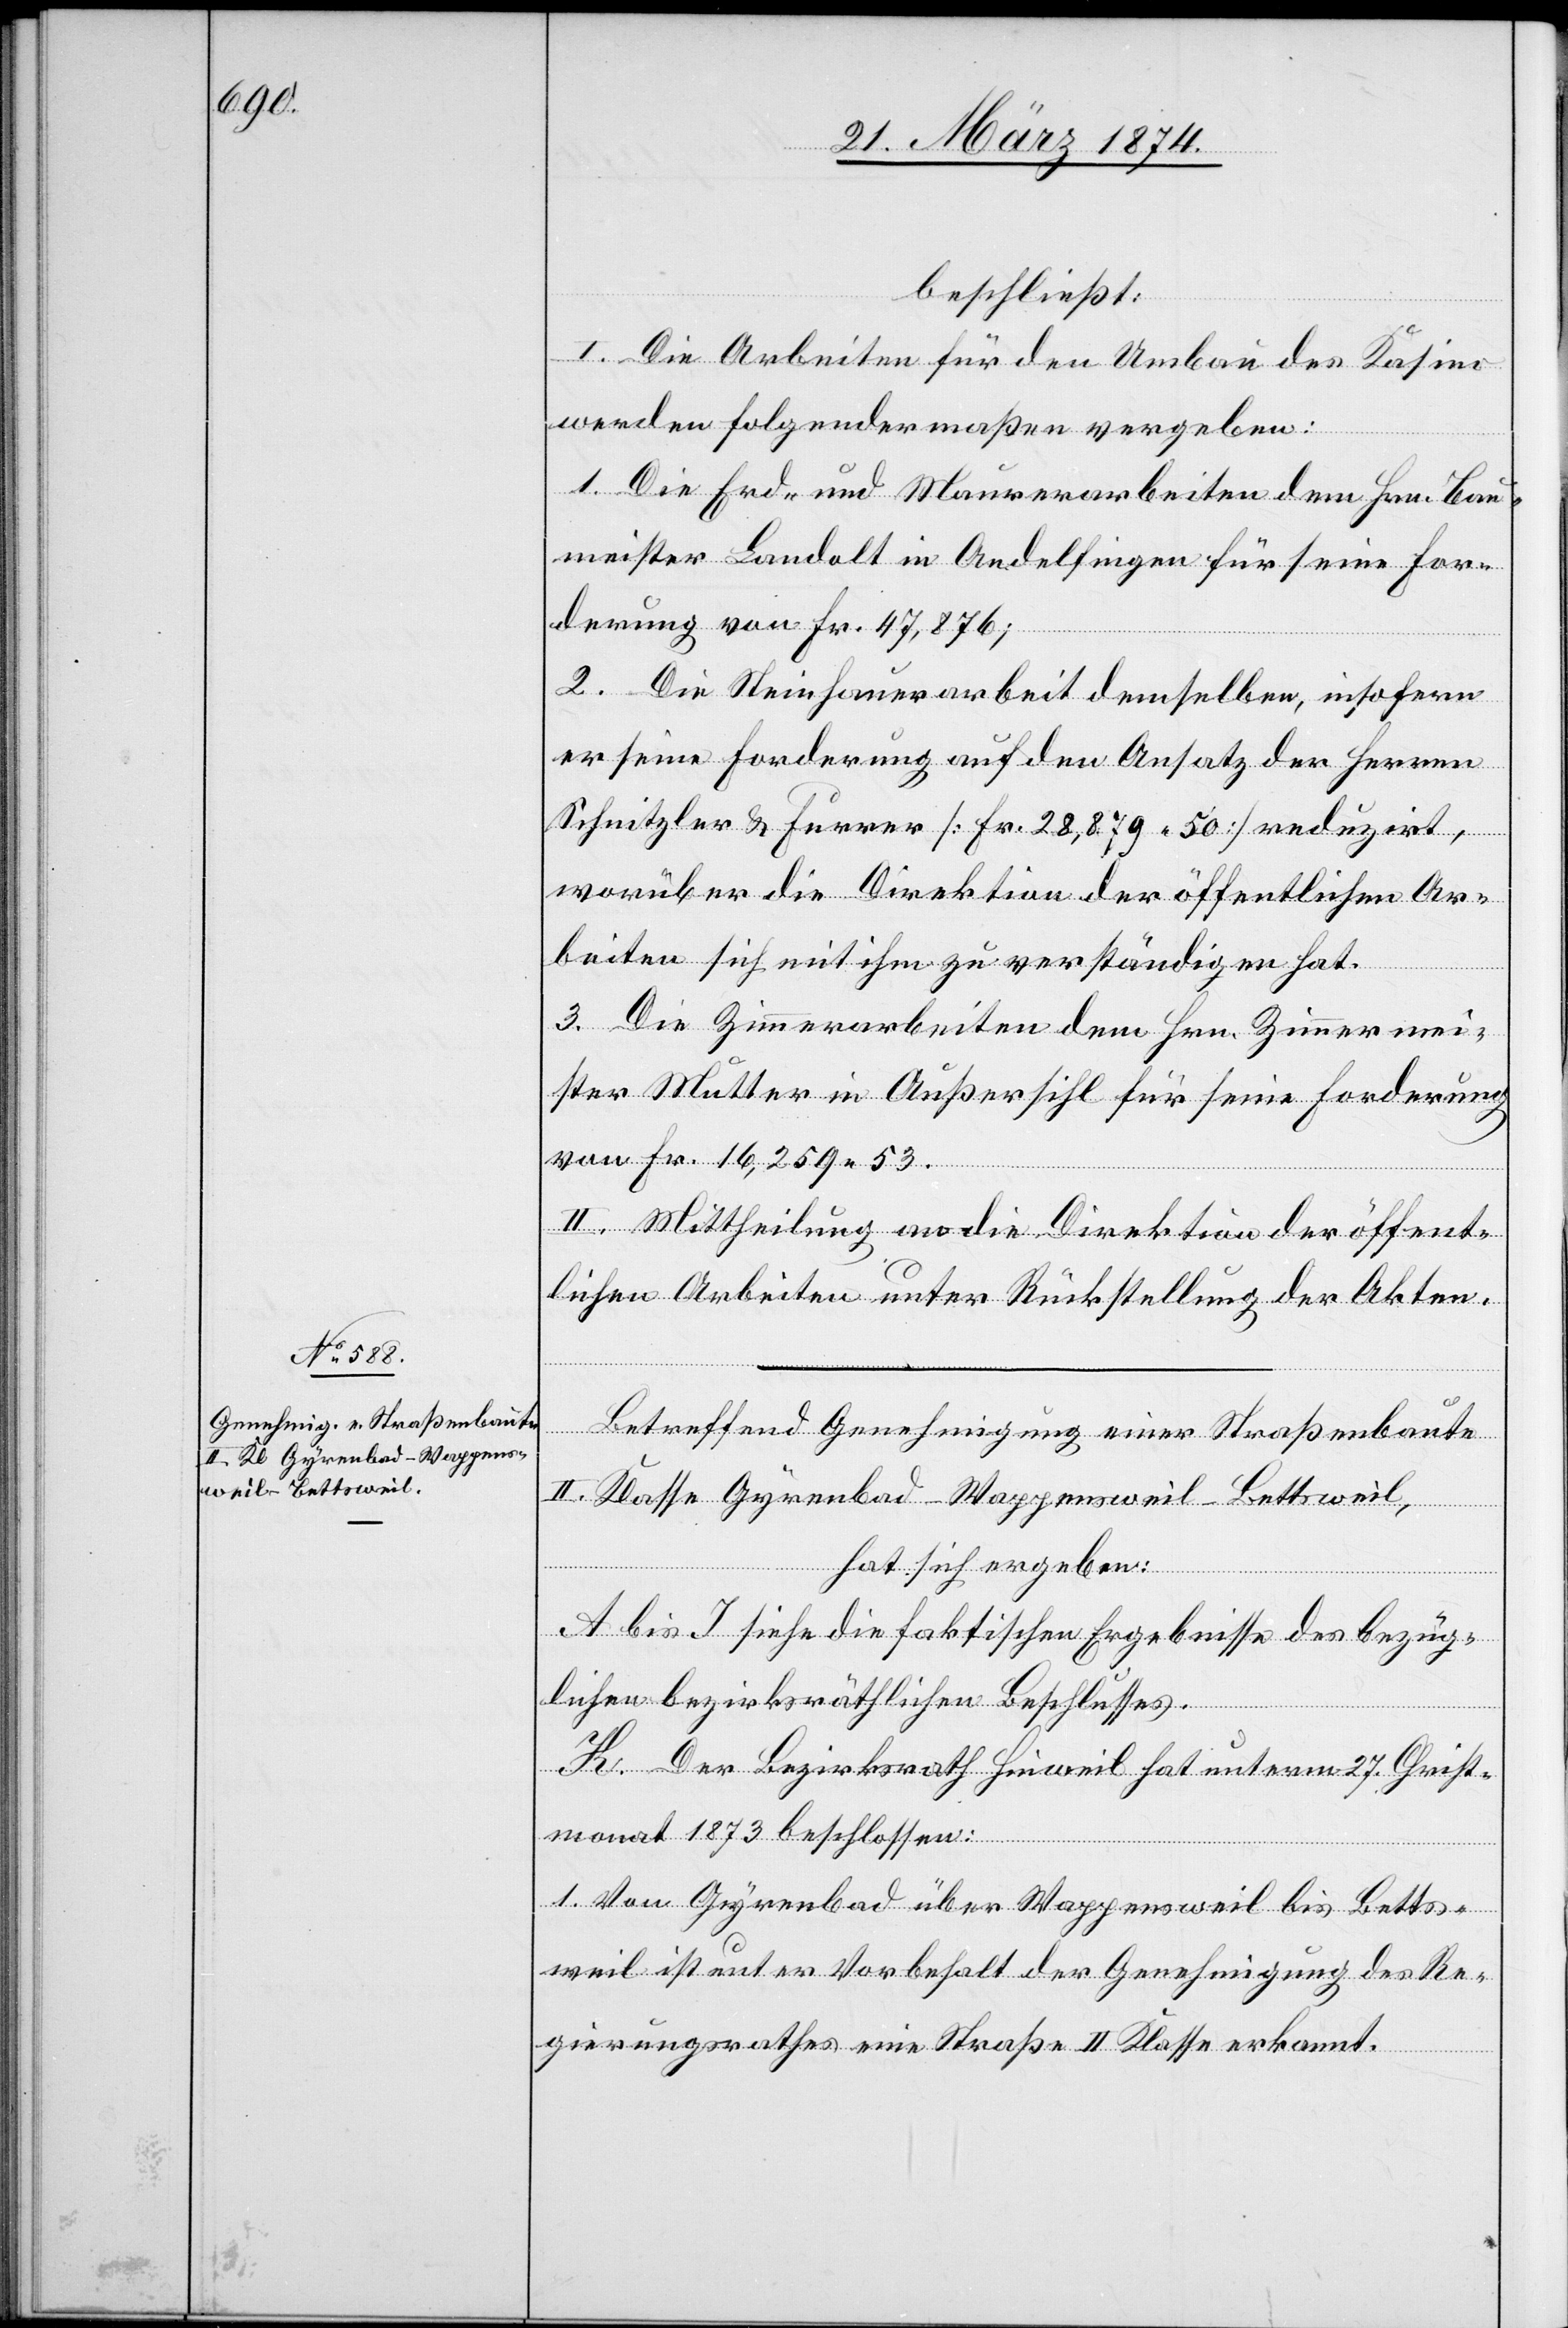
beschließt:
I. Die Arbeiten für den Umbau des Kasino
werden folgendermaßen vergeben:
1. Die Erd- und Mauerarbeiten dem Hrn. Bau¬
meister Landolt in Andelfingen für seine For¬
derung von Fr. 47,876;
2. Die Steinhauerarbeit demselben, insofern
er seine Forderung auf den Ansatz der Herren
Schnitzler u. Furrer [Fr. 28,879.50] reduzirt,
worüber die Direktion der öffentlichen Ar¬
beiten sich mit ihm zu verständigen hat.
3. Die Zimmerarbeiten dem Hrn. Zimmermei¬
ster Mutter in Außersihl für seine Forderung
von Fr. 16,259.53.
II. Mittheilung an die Direktion der öffent¬
lichen Arbeiten unter Rückstellung der Akten.
Betreffend Genehmigung einer Straßenbaute
II. Klasse Gyrenbad-Wappensweil-Bettsweil,
hat sich ergeben:
A bis I siehe die faktischen Ergebnisse des bezüg¬
lichen bezirksräthlichen Beschlusses.
K. Der Bezirksrath Hinweil hat unterm 27. Christ¬
monat 1873 beschlossen:
1. Von Gyrenbad über Wappensweil bis Betts¬
weil ist unter Vorbehalt der Genehmigung des Re¬
gierungsrathes eine Straße II. Klasse erkannt.